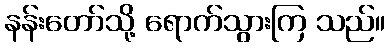
နန်းတော်သို့ ရောက်သွားကြ သည်။